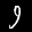
Label: 9